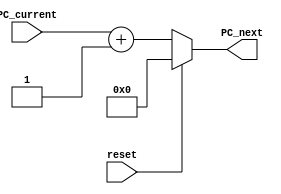
module PC_Adder(PC_current,PC_next, reset);

	input [31:0] PC_current;
	input reset;
	
	output reg [31:0] PC_next;
	
	always @(*) begin
		
		if(reset)
		begin
			PC_next = 0;
		end
		else
		begin
			PC_next = PC_current + 1; //soma 1 representado em 32 bits para ir para a proxima linha do .txt
		end
	end
	
endmodule